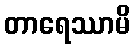
တာရေဿာမိ